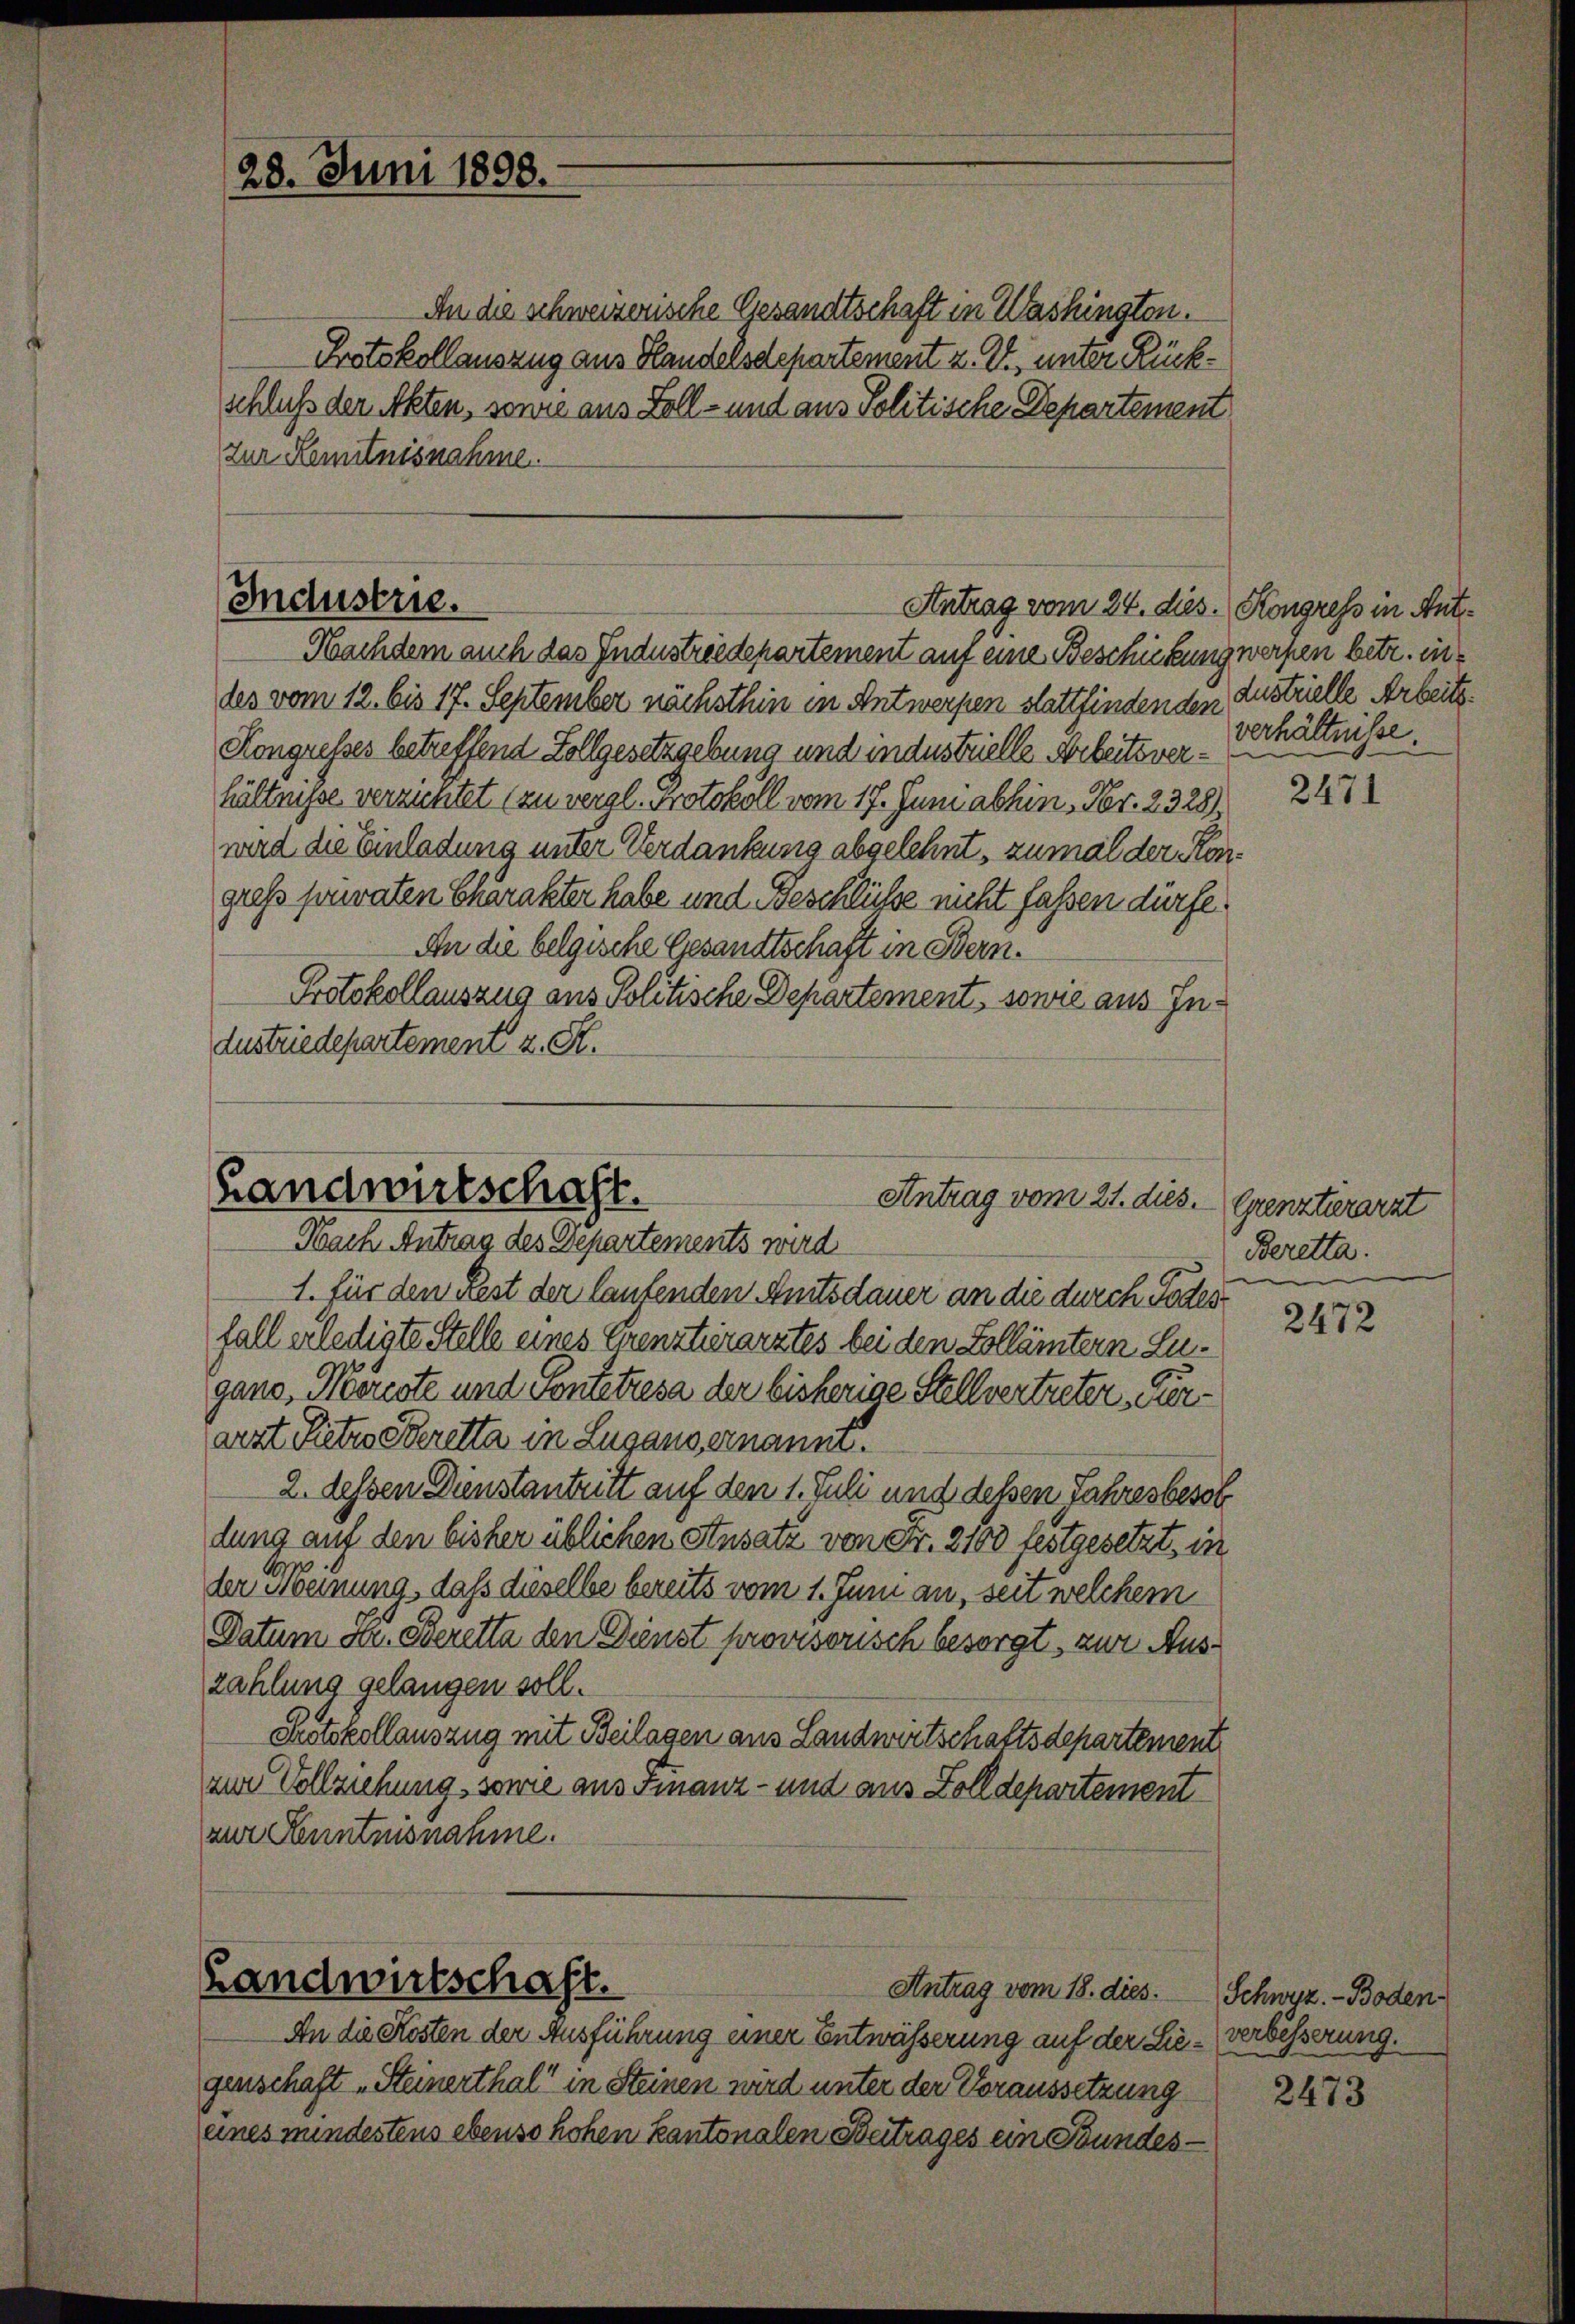
28. Juni 1898.

An die schweizerische Gesandtschaft in Washingten.
Protokollauszug aus Handelsdepartement z. Zt. unter Rückschluß der Akten, sonne aus Zoll- und aus Politische Departement
zur Kemnitnisnahme.

Industrie.
Antrag vom 24. dies. Kongress in Ant¬

Landwirtschaft.
Antrag vom 21. dies. Grenzterarzt
Nach Antrag des Departements wird

An die Kosten der Ausführung einer Entwässerung auf der Liegenschaft „Steinerthal“ in Steinen wird unter der Voraussetzung
eines mindestens ebenso hohen kantonalen Beitrages ein Bundes¬

Nachdem auch das Industriedepartement auf eine Beschickung werfen betr. in
les vom 12. bis 17. September nächsthin in Antwerpen stattfindenden Austrielle Arbeits¬
Kongresses betreffend Zollgesetzgebung und industrielle Arbeitsverhältnisse verzüntet (zu vergl. Protokoll vom 17. Juni abhin, Nr. 2328),
wird die Einladung unter Verdankung abgelehnt, zumal der Kongross pouvaten Charakter habe und Beschlüsse nicht fassen dürfe.
An die belgische Gesandtschaft in Bern.
Protokollauszug aus Politische Departement, sowie aus In¬
Austriedepartement z. R.

1. für den Fest der laufenden Amtsdauer an die durch Todesfall erledigte Stelle eines Exenstuerarztes bei den Zollämtern Lugano, Möreste und Pontetzesa der bisherige Stellvertreter verarzt Patro Seretta in Lugano ernannt.
2. dessen Dienstantritt auf den 1. Juli und dessen Jahresbesol
lung auf den bisher üblichen Ansatz von Fr. 2103 festgesetzt, in
der Meinung, daß dieselbe bereits vom 1. Juni an, seit welchem
Datum Dr. Beretta den Dienst provisorisch besorgt, zur Auszahlung gelangen soll.
Protokollauszug mit Beilagen aus Landwirtschaftsdepartement
am Vollziehung, sowie aus Finanz- und aus Zolldepartement
zur Kenntnisnahme.

Landwirtschaft.
Antrag vom 18. dies.

verhältnisse.

2471

Beretta.

2472

Schwyz.- Boden
verbesserung.

2473